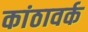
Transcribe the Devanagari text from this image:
कांठावर्क